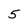
Character: 5